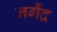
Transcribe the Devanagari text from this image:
नगैंद्र